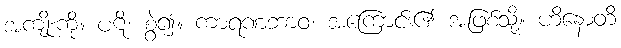
အကျိုးကို။ ပဋိ၊ စွဲ၍။ ကာရဏဘာဝံ၊ အကြောင်း၏ အဖြစ်သို့။ ဟိနောတိ